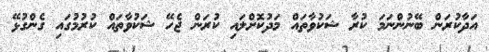
އަދާކުރަން ބޭނުންނަމަ ކުރާ ޝަކުވާތައް މަދުކޮށްލައި ކުރަން ޖެހޭ ޝަކުވާތައް ކުރުމުގައި ގެންގުޅޭ